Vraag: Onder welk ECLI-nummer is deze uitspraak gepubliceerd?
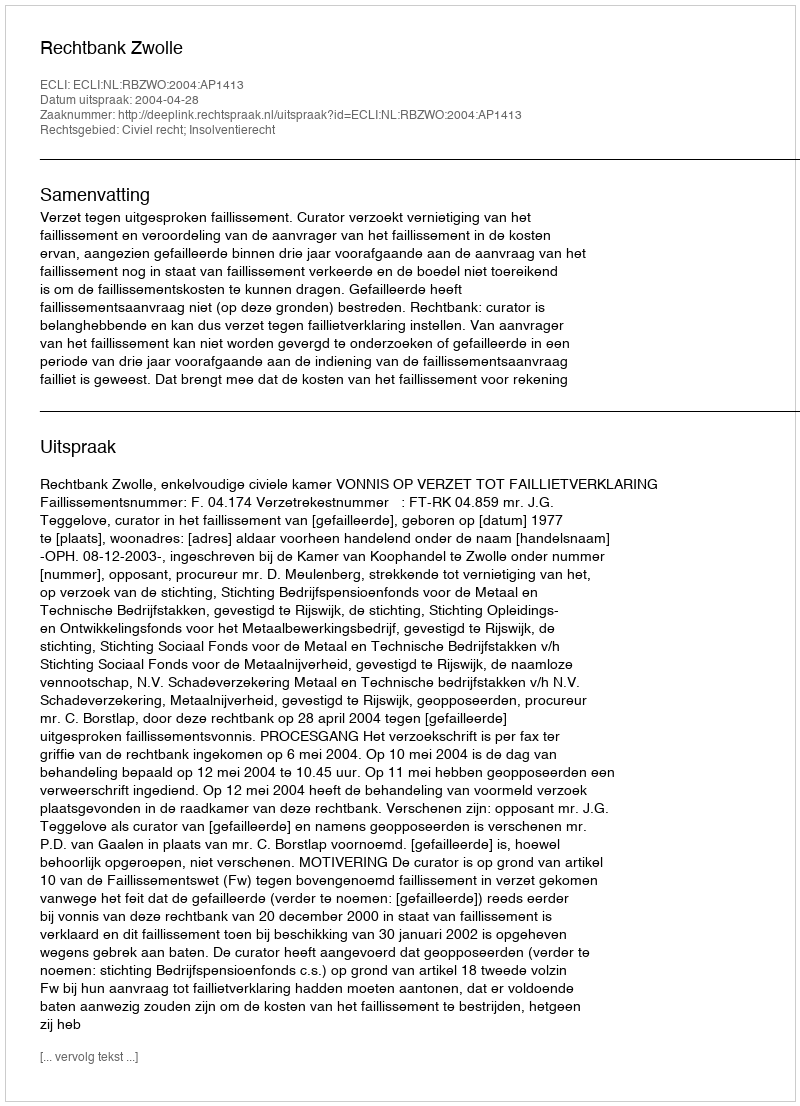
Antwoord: ECLI:NL:RBZWO:2004:AP1413